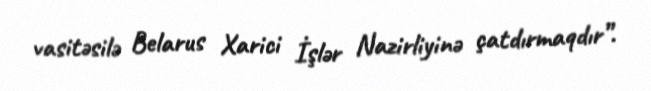
vasitəsilə Belarus Xarici İşlər Nazirliyinə çatdırmaqdır”.